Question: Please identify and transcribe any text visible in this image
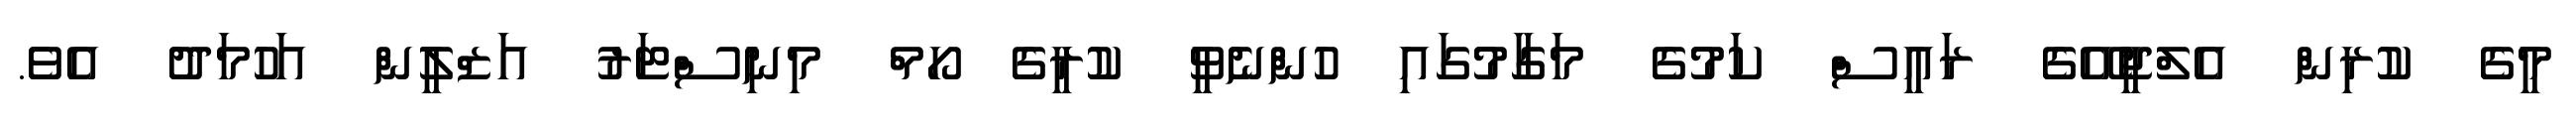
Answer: މީގެ ކުރިން އެލްޖީއޭގެ ރައީސް ކަމުގެ މަގާމުގައި ހުންނެވީ ކުރީގެ ހޯމް މިނިސްޓަރު އަޒްލީން އަހުމަދު އެވެ.